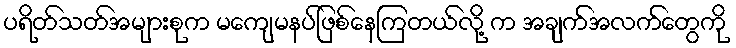
ပရိတ်သတ်အများစုက မကျေမနပ်ဖြစ်နေကြတယ်လို့ က အချက်အလက်တွေကို